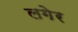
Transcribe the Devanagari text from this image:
लगेर